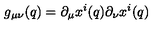
g _ { \mu \nu } ( q ) = \partial _ { \mu } x ^ { i } ( q ) \partial _ { \nu } x ^ { i } ( q )